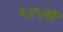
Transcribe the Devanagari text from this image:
२४५वॉ